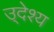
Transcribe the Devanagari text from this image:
उ्देश्य